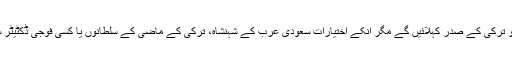
طیب اردگان ویسے تو ترکی کے صدر کہلائیں گے مگر انکے اختیارات سعودی عرب کے شہنشاہ، ترکی کے ماضی کے سلطانوں یا کسی فوجی ڈکٹیٹر سے کم نہیں ہوں گے۔